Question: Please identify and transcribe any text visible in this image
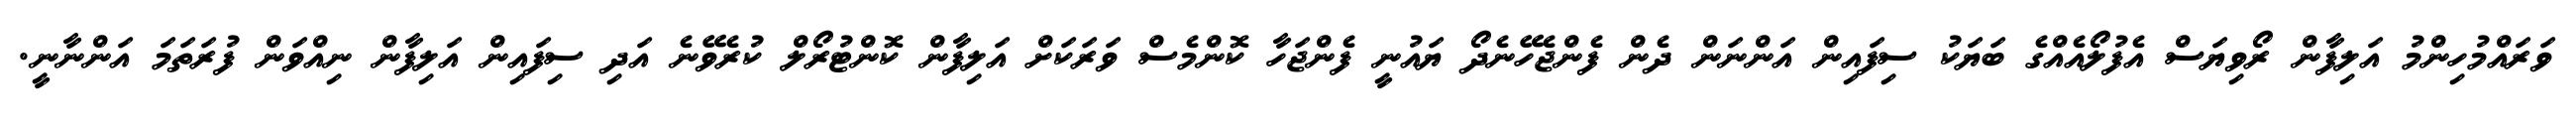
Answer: ވަރައްމުހިންމު އަލިފާން ރޯވިޔަސް އެފުލޯއެއްގެ ބަޔަކު ސިފައިން އަންނަން ދެން ފެންޖެހޭނެދޯ ޔައުނީ ފެންޖަހާ ކޮންމެސް ވަރަކަށް އަލިފާން ކޮންޓުރޯލް ކުރެވޭނެ އަދި ސިފައިން އަލިފާން ނިއްވަން ފުރަތަމަ އަންނާނީ.